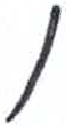
אות: ו